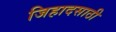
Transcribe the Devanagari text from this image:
जिहादसाठी